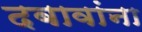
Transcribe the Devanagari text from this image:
दबावांना